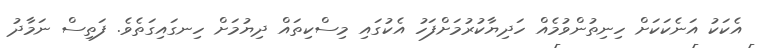
އެކަކު އަނެކަކަށް ހިނިތުންވުމެެއް ހަދިޔާކުރުމަށްފަހު އެކުގައި މިސްކިތައް ދިޔުމަށް ހިނގައިގަތެވެ. ފަތިސް ނަމާދު